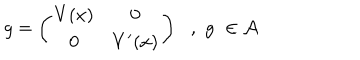
g = \left( \begin{matrix} { { V ( x ) } } & { { 0 } } \\ { { 0 } } & { { V ^ { \prime } ( x ) } } \\ \end{matrix} \right) \, \, \, \, , \, \, g \, \, \in { \cal A }